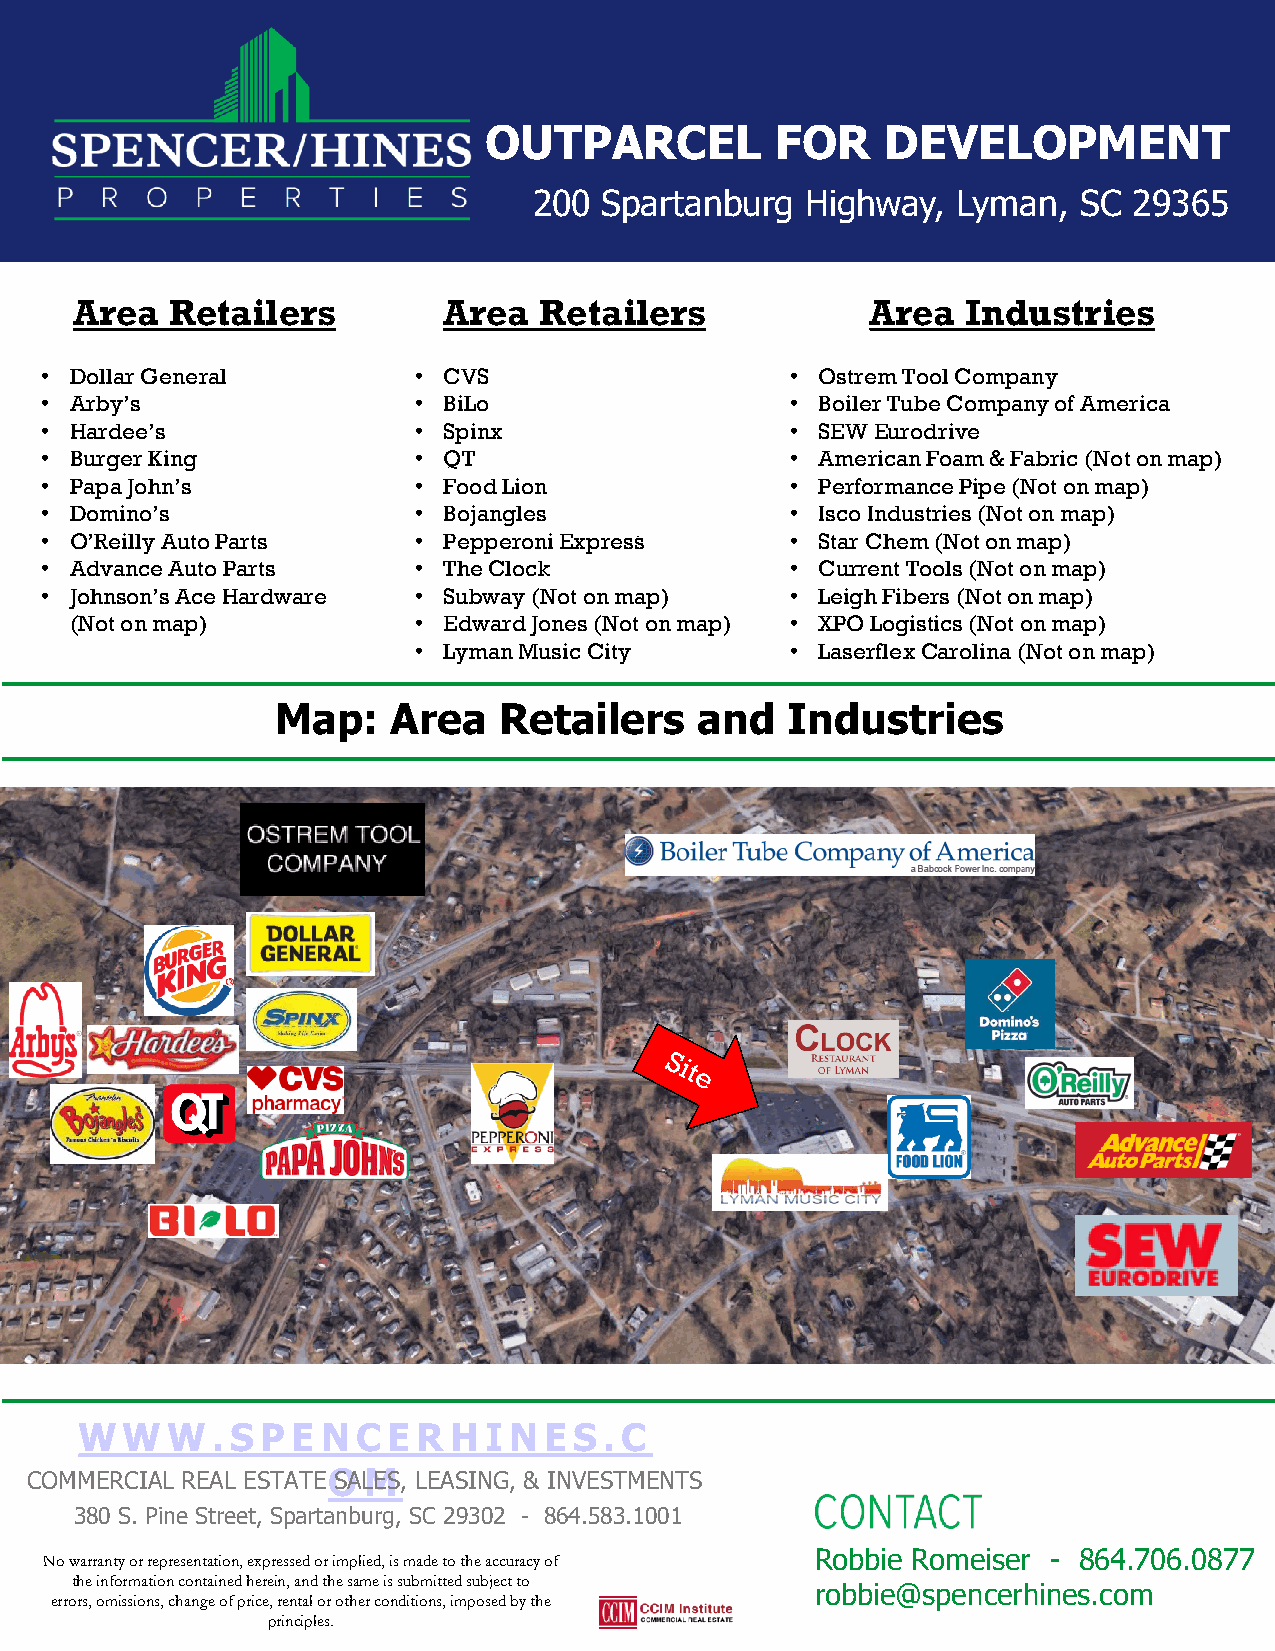
OUTPARCEL          FOR     DEVELOPMENT
 200  Spartanburg  Highway,  Lyman,   SC 29365
 Area  Retailers         Area   Retailers             Area  Industries
 • Dollar General        • CVS                    • OstremTool Company
 • Arby’s                • BiLo                   • Boiler Tube Company of America
 • Hardee’s              • Spinx                  • SEW Eurodrive
 • Burger King           • QT                     • American Foam & Fabric (Not on map)
 • Papa John’s           • Food Lion              • Performance Pipe (Not on map)
 • Domino’s              • Bojangles              • IscoIndustries (Not on map)
 • O’Reilly Auto Parts   • Pepperoni Express      • Star Chem (Not on map)
 • Advance Auto Parts    • The Clock              • Current Tools (Not on map)
 • Johnson’s Ace Hardware • Subway (Not on map)   • Leigh Fibers (Not on map)
 (Not on map)          • Edward Jones (Not on map) • XPO Logistics (Not on map)
 • Lyman Music City       • LaserflexCarolina (Not on map)
 Map:    Area   Retailers    and   Industries
 WWW.SP        EN   CERH    I N ES.C
 COMMERCIAL REAL ESTATE OSALMES, LEASING, & INVESTMENTS
 380 S. Pine Street, Spartanburg, SC 29302 - 864.583.1001
 Robbie Romeiser - 864.706.0877
 No warranty or representation, expressed or implied, is made to the accuracy of
 the information contained herein, and the same is submitted subject to
 robbie@spencerhines.com
 errors, omissions, change of price, rental or other conditions, imposed by the
 principles.